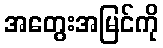
အတွေးအမြင်ကို